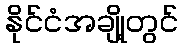
နိုင်ငံအချို့တွင်